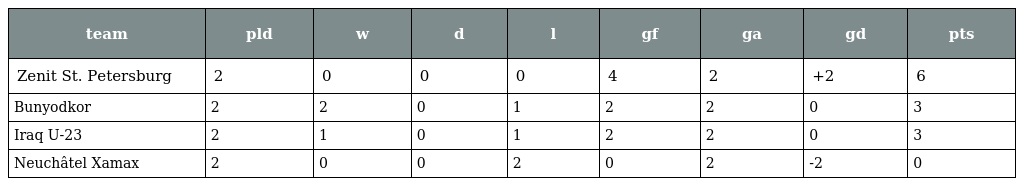
| team | pld | w | d | l | gf | ga | gd | pts |
 | --- | --- | --- | --- | --- | --- | --- | --- | --- |
 | Zenit St. Petersburg | 2 | 0 | 0 | 0 | 4 | 2 | +2 | 6 |
 | Bunyodkor | 2 | 2 | 0 | 1 | 2 | 2 | 0 | 3 |
 | Iraq U-23 | 2 | 1 | 0 | 1 | 2 | 2 | 0 | 3 |
 | Neuchâtel Xamax | 2 | 0 | 0 | 2 | 0 | 2 | -2 | 0 |